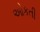
ઓકતી